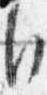
自